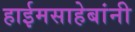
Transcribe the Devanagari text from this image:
हाईमसाहेबांनी